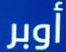
أوبر